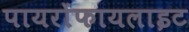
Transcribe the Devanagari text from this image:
पायरोंफायलाइट